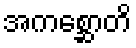
အကစ္ဆောတိ